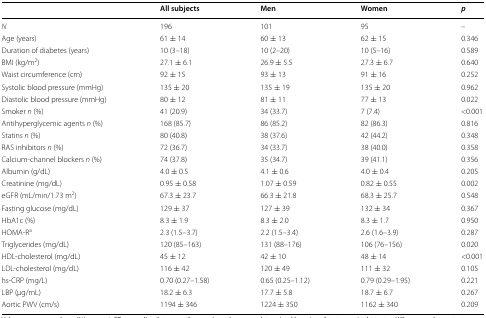
<table><thead><tr><td></td><td><b>All subjects</b></td><td><b>Men</b></td><td><b>Women</b></td><td><b><i>p</i></b></td></tr></thead><tbody><tr><td><i>N</i></td><td>196</td><td>101</td><td>95</td><td>–</td></tr><tr><td>Age (years)</td><td>61 ± 14</td><td>60 ± 13</td><td>62 ± 15</td><td>0.346</td></tr><tr><td>Duration of diabetes (years)</td><td>10 (3–18)</td><td>10 (2–20)</td><td>10 (5–16)</td><td>0.589</td></tr><tr><td>BMI (kg/m<sup>2</sup>)</td><td>27.1 ± 6.1</td><td>26.9 ± 5.5</td><td>27.3 ± 6.7</td><td>0.640</td></tr><tr><td>Waist circumference (cm)</td><td>92 ± 15</td><td>93 ± 13</td><td>91 ± 16</td><td>0.252</td></tr><tr><td>Systolic blood pressure (mmHg)</td><td>135 ± 20</td><td>135 ± 19</td><td>135 ± 20</td><td>0.962</td></tr><tr><td>Diastolic blood pressure (mmHg)</td><td>80 ± 12</td><td>81 ± 11</td><td>77 ± 13</td><td>0.022</td></tr><tr><td>Smoker <i>n</i> (%)</td><td>41 (20.9)</td><td>34 (33.7)</td><td>7 (7.4)</td><td>&lt;0.001</td></tr><tr><td>Antihyperglycemic agents <i>n</i> (%)</td><td>168 (85.7)</td><td>86 (85.2)</td><td>82 (86.3)</td><td>0.816</td></tr><tr><td>Statins <i>n</i> (%)</td><td>80 (40.8)</td><td>38 (37.6)</td><td>42 (44.2)</td><td>0.348</td></tr><tr><td>RAS inhibitors <i>n</i> (%)</td><td>72 (36.7)</td><td>34 (33.7)</td><td>38 (40.0)</td><td>0.358</td></tr><tr><td>Calcium-channel blockers <i>n</i> (%)</td><td>74 (37.8)</td><td>35 (34.7)</td><td>39 (41.1)</td><td>0.356</td></tr><tr><td>Albumin (g/dL)</td><td>4.0 ± 0.5</td><td>4.1 ± 0.6</td><td>4.0 ± 0.4</td><td>0.205</td></tr><tr><td>Creatinine (mg/dL)</td><td>0.95 ± 0.58</td><td>1.07 ± 0.59</td><td>0.82 ± 0.55</td><td>0.002</td></tr><tr><td>eGFR (mL/min/1.73 m<sup>2</sup>)</td><td>67.3 ± 23.7</td><td>66.3 ± 21.8</td><td>68.3 ± 25.7</td><td>0.548</td></tr><tr><td>Fasting glucose (mg/dL)</td><td>129 ± 37</td><td>127 ± 39</td><td>132 ± 34</td><td>0.367</td></tr><tr><td>HbA1c (%)</td><td>8.3 ± 1.9</td><td>8.3 ± 2.0</td><td>8.3 ± 1.7</td><td>0.950</td></tr><tr><td>HOMA-R<sup>a</sup></td><td>2.3 (1.5–3.7)</td><td>2.2 (1.5–3.4)</td><td>2.6 (1.6–3.9)</td><td>0.287</td></tr><tr><td>Triglycerides (mg/dL)</td><td>120 (85–163)</td><td>131 (88–176)</td><td>106 (76–156)</td><td>0.020</td></tr><tr><td>HDL-cholesterol (mg/dL)</td><td>45 ± 12</td><td>42 ± 10</td><td>48 ± 14</td><td>&lt;0.001</td></tr><tr><td>LDL-cholesterol (mg/dL)</td><td>116 ± 42</td><td>120 ± 49</td><td>111 ± 32</td><td>0.105</td></tr><tr><td>hs-CRP (mg/L)</td><td>0.70 (0.27–1.58)</td><td>0.65 (0.25–1.12)</td><td>0.79 (0.29–1.95)</td><td>0.221</td></tr><tr><td>LBP (μg/mL)</td><td>18.2 ± 6.3</td><td>17.7 ± 5.8</td><td>18.7 ± 6.7</td><td>0.267</td></tr><tr><td>Aortic PWV (cm/s)</td><td>1194 ± 346</td><td>1224 ± 350</td><td>1162 ± 340</td><td>0.209</td></tr></tbody></table>